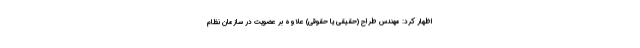
اظهار کرد: مهندس طراح (حقیقی یا حقوقی) علاوه بر عضویت در سازمان نظام